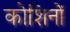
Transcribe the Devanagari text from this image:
कोशिनों